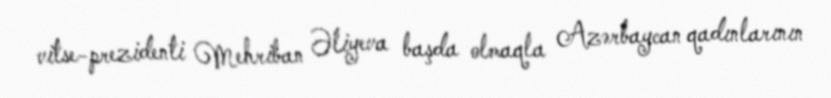
vitse-prezidenti Mehriban Əliyeva başda olmaqla Azərbaycan qadınlarının